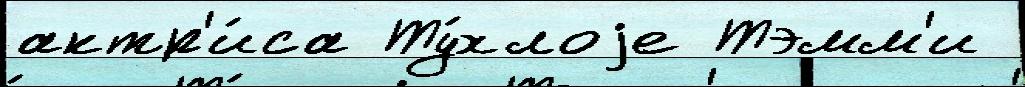
актр'и́са Ту́хлоjе Тэмм'и